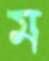
ম